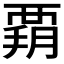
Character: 𧟳